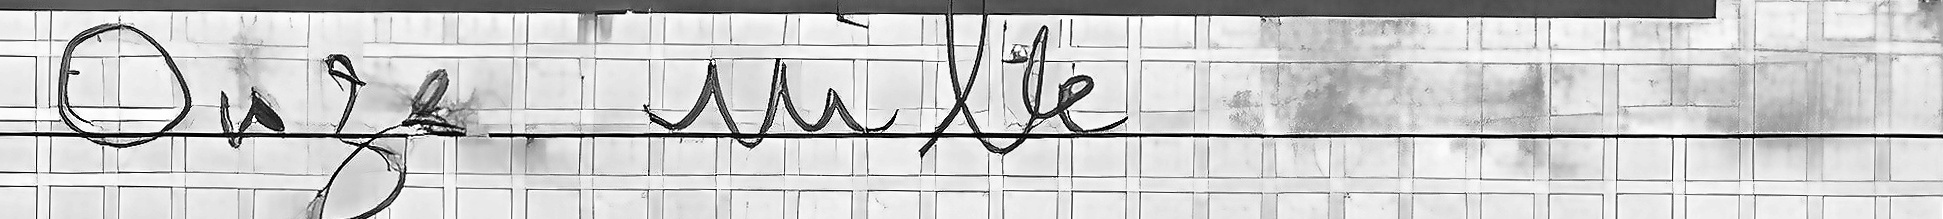
Onze mille